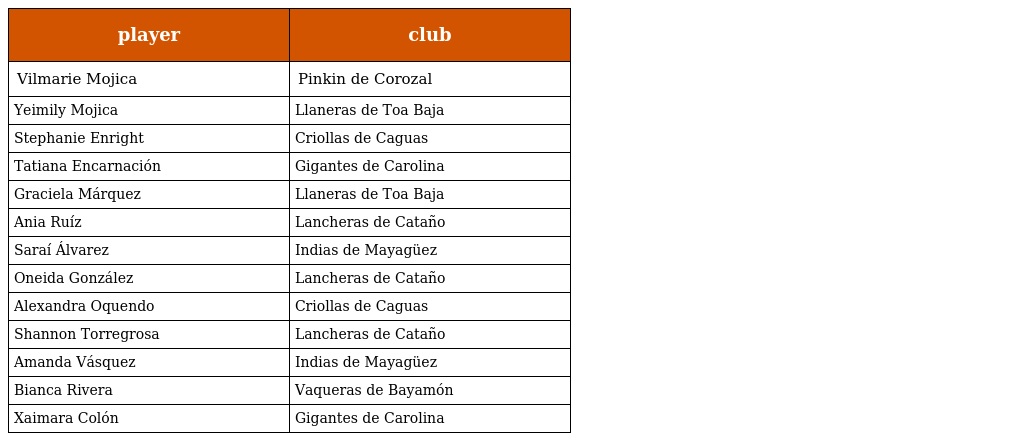
| player | club |
 | --- | --- |
 | Vilmarie Mojica | Pinkin de Corozal |
 | Yeimily Mojica | Llaneras de Toa Baja |
 | Stephanie Enright | Criollas de Caguas |
 | Tatiana Encarnación | Gigantes de Carolina |
 | Graciela Márquez | Llaneras de Toa Baja |
 | Ania Ruíz | Lancheras de Cataño |
 | Saraí Álvarez | Indias de Mayagüez |
 | Oneida González | Lancheras de Cataño |
 | Alexandra Oquendo | Criollas de Caguas |
 | Shannon Torregrosa | Lancheras de Cataño |
 | Amanda Vásquez | Indias de Mayagüez |
 | Bianca Rivera | Vaqueras de Bayamón |
 | Xaimara Colón | Gigantes de Carolina |